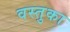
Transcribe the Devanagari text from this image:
वस्‍तुका